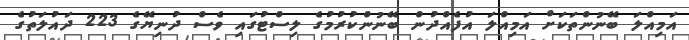
އަމިއްލަ ބޭނުންތަކަށް އަމިއްލަ އުފެއްދުން ބޭނުންކުރުމުގެ ލިސްޓުގައި ވެސް ދުނިޔޭގެ 223 ދައުލަތުގެ